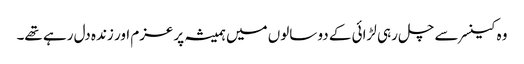
وہ کینسر سے چل رہی لڑائی کے دو سالوں میں ہمیشہ پرعزم اور زندہ دل رہے تھے۔